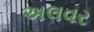
અલવર